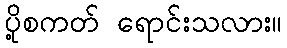
ပို့စကတ် ရောင်းသလား။